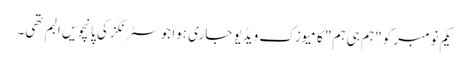
یکم نومبر کو "ہم ہی ہم" کا میوزک ویڈیو جاری ہوا جو سٹرنگز کی پانچویں البم تھی۔